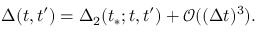
\Delta ( t , t ^ { \prime } ) = \Delta _ { 2 } ( t _ { * } ; t , t ^ { \prime } ) + \mathcal O ( ( \Delta t ) ^ { 3 } ) .